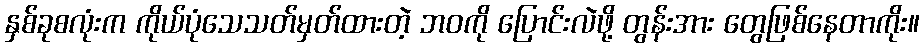
နှစ်ခုစလုံးက ကိုယ်ပုံသေသတ်မှတ်ထားတဲ့ ဘဝကို ပြောင်းလဲဖို့ တွန်းအား တွေဖြစ်နေတာကိုး။